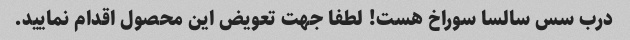
درب سس سالسا سوراخ هست! لطفا جهت تعویض این محصول اقدام نمایید.